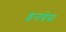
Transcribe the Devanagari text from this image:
इनग्रेस